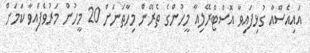
އަައިއެސްއާ ގުޅިފައިވާ އޮސްޓްރޭލިއާ މީހުންގެ ތެރޭން މިހާތަނަށް 20 މީހުން މަރުވެފައިވާ ކަމަށް